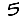
Digit: 5